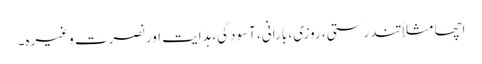
اچھا مثلاً تندرستی، روزی، بارانی، آسودگی، ہدایت اور نصرت وغیرہ۔